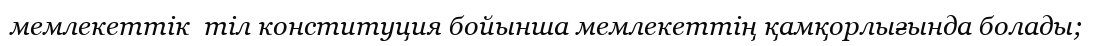
мемлекеттік  тіл конституция бойынша мемлекеттің қамқорлығында болады;